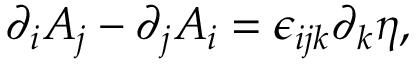
\partial _ { i } A _ { j } - \partial _ { j } A _ { i } = \epsilon _ { i j k } \partial _ { k } \eta ,